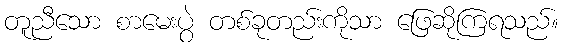
တူညီသော စာမေးပွဲ တစ်ခုတည်းကိုသာ ဖြေဆိုကြရသည်။